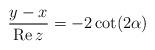
LaTeX: \begin{align*}\frac{y-x}{\mbox{Re} \, z} = - 2 \cot (2\alpha )\end{align*}